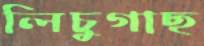
লিচুগাছ